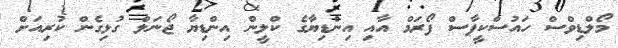
މޯލްޑިވްސް ހައުސްކީޕާސް ފޯރަމް އާއި އިންޑިޔާގެ ކްލީން އިންޑިޔާ ޖޯނަލް ގުޅިގެން ކުރިއަށް